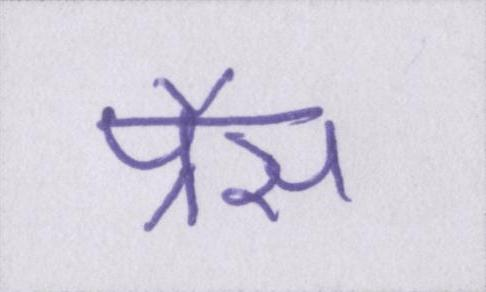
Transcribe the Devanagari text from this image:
प्रैस